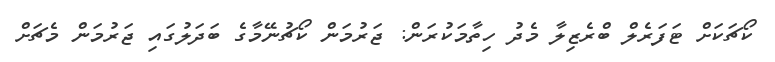
ކޯޗަކަށް ޓަފަރެލް ބްރެޒިލާ މެދު ހިތާމަކުރަން: ޖަރުމަން ކޯޗުނޭމާގެ ބަދަލުގައި ޖަރުމަން މެޗަށް